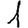
Digit: 1